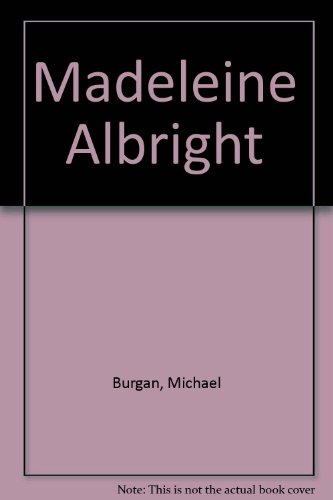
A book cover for Madeleine Albright; Michael Burgan; Teen & Young Adult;